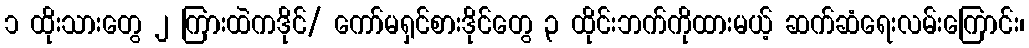
၁ ထိုးသားတွေ ၂ ကြားထဲကဒိုင်/ ကော်မရှင်စားဒိုင်တွေ ၃ ထိုင်းဘက်ကိုထားမယ့် ဆက်ဆံရေးလမ်းကြောင်း၊